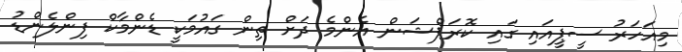
މިއަހަރު ސީޕީއައި ގައި ކޮރަޕްޝަން އެންމެ ދަށް ތިން ގައުމަކީ ޑެންމާކް ފިންލެންޑު